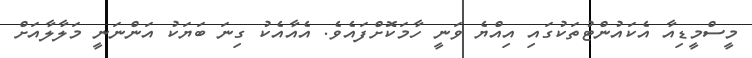
މީސްމީޑިއާ އެކައުންޓުތަކުގައި އިއްޔެ ވަނީ ހާމަކޮށްފައެވެ. އެއާއެކު ގިނަ ބަޔަކު އަންނަނީ މަލާލާއަށް